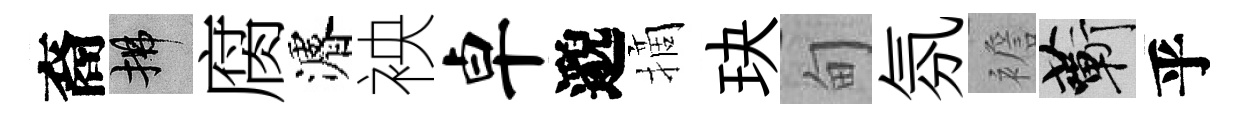
裔拂腐濬䘧卓邈摘玦甸氛襜蔪乎